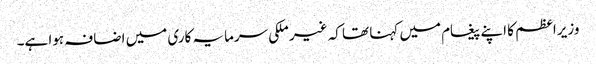
وزیراعظم کا اپنے پیغام میں کہنا تھا کہ غیر ملکی سرمایہ کاری میں اضافہ ہوا ہے۔